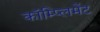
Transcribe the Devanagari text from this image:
कॉम्प्लिमेंट